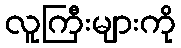
လူကြီးများကို